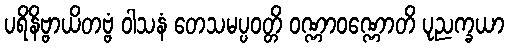
ပရိနိဗ္ဗာယိတဗ္ဗံ ဝါသနံ တေသမပ္ပဝတ္တိ ဝဏ္ဏာဝဏ္ဏောတိ ပုညက္ခယာ